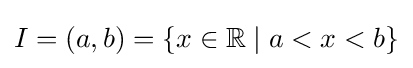
I=(a,b)=\{x\in \mathbb {R} \mid a<x<b\}